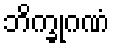
ဘိက္ခုဂဏံ